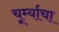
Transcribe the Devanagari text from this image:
चूर्म्याचा